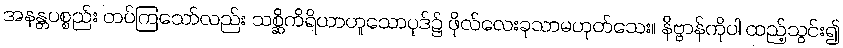
အနန္တပစ္စည်း တပ်ကြသော်လည်း သစ္ဆိကိရိယာဟူသောပုဒ်၌ ဖိုလ်လေးခုသာမဟုတ်သေး။ နိဗ္ဗာန်ကိုပါ ထည့်သွင်း၍